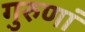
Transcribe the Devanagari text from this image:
गुरुणां